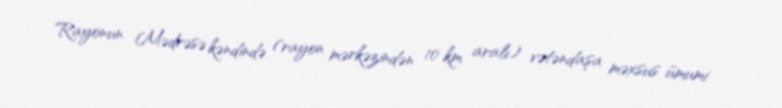
Rayonun Mədrəsə kəndində (rayon mərkəzindən 10 km aralı) vətəndaşa məxsus ümumi